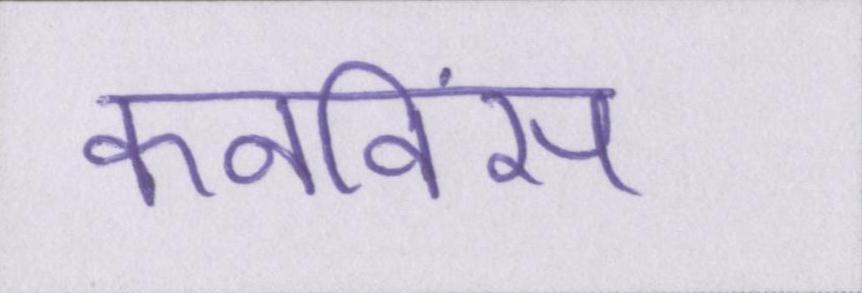
कनविंस